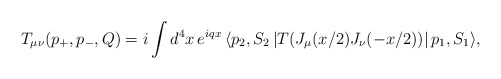
\begin{align*}T_{\mu\nu}(p_+,p_-,Q) = i \int d^4x \,e^{iqx}\,\langle p_2, S_2\,|T (J_{\mu}(x/2) J_{\nu}(-x/2))|\,p_1,S_1\rangle,\end{align*}